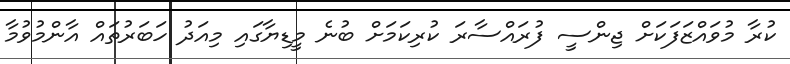
ކުރާ މުވައްޒަފަކަށް ޖިންސީ ފުރައްސާރަ ކުރިކަމަށް ބުނެ މީޑިޔާގައި މިއަދު ހަބަރުތައް އާންމުވުމާ